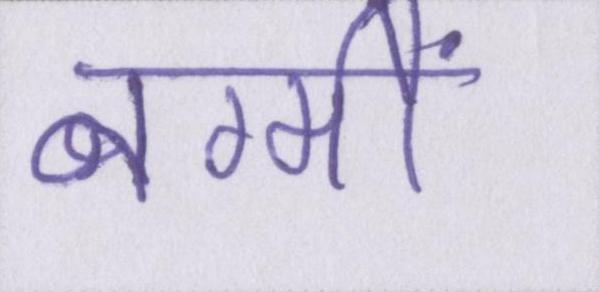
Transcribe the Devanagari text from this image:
नग्मों